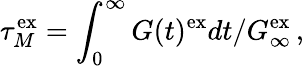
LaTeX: \tau_{M}^{\mathrm{ex}}=\int_{0}^{\infty}G(t)^{\mathrm{ex}}dt/G_{\infty}^{\mathrm{ex}}\, ,